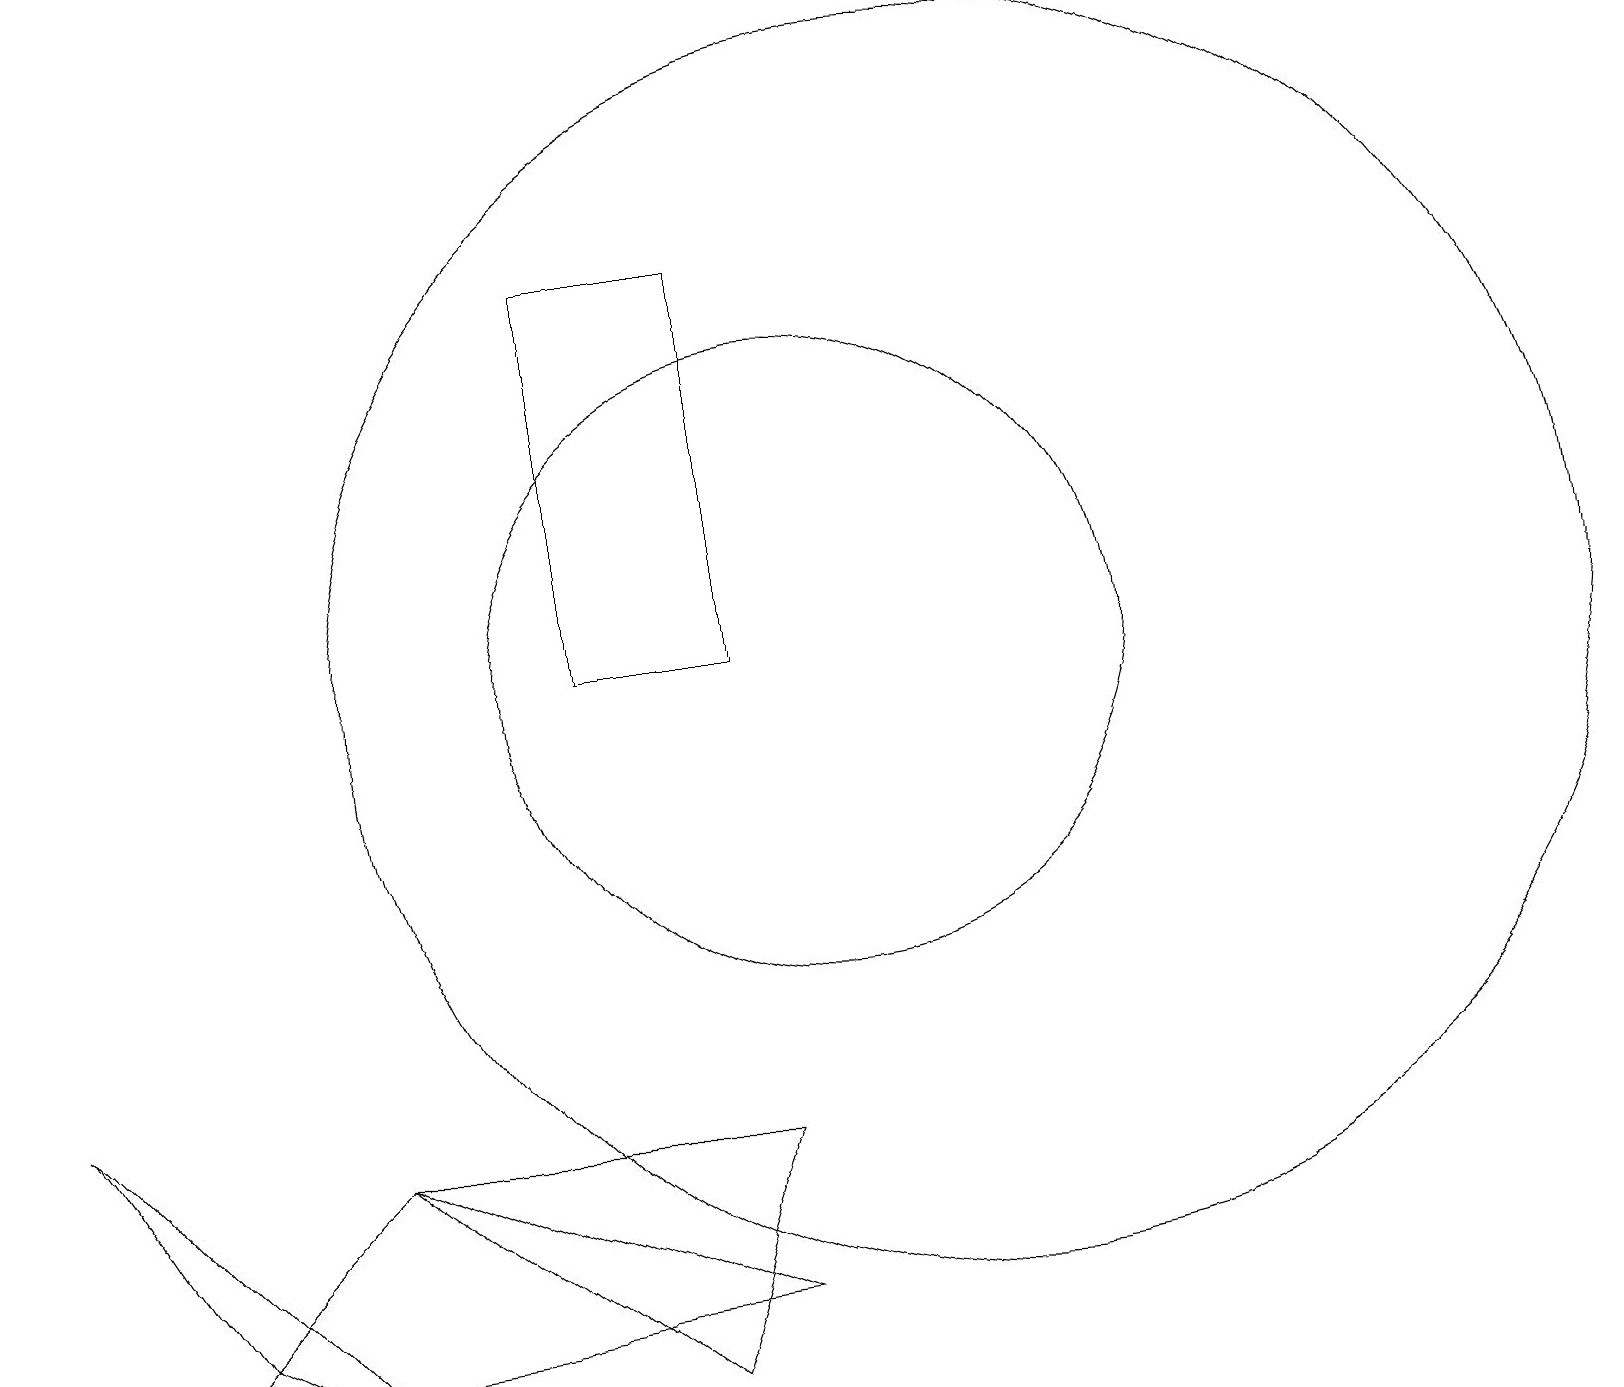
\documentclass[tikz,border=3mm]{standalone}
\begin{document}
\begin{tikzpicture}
\draw (12,11) circle (8);
\draw (11,11) circle (0);
\draw (0,6) -- (2,3) -- (4,2) -- cycle;
\draw (1,2) -- (4,5) -- (9,3) -- cycle;
\draw (9,5) -- (4,5) -- (8,2) -- cycle;
\draw (10,11) circle (4);
\draw (7,16) rectangle (9,11);
\draw (11,10) circle (0);
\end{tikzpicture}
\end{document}